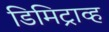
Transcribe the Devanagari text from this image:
डिमिट्राव्ह